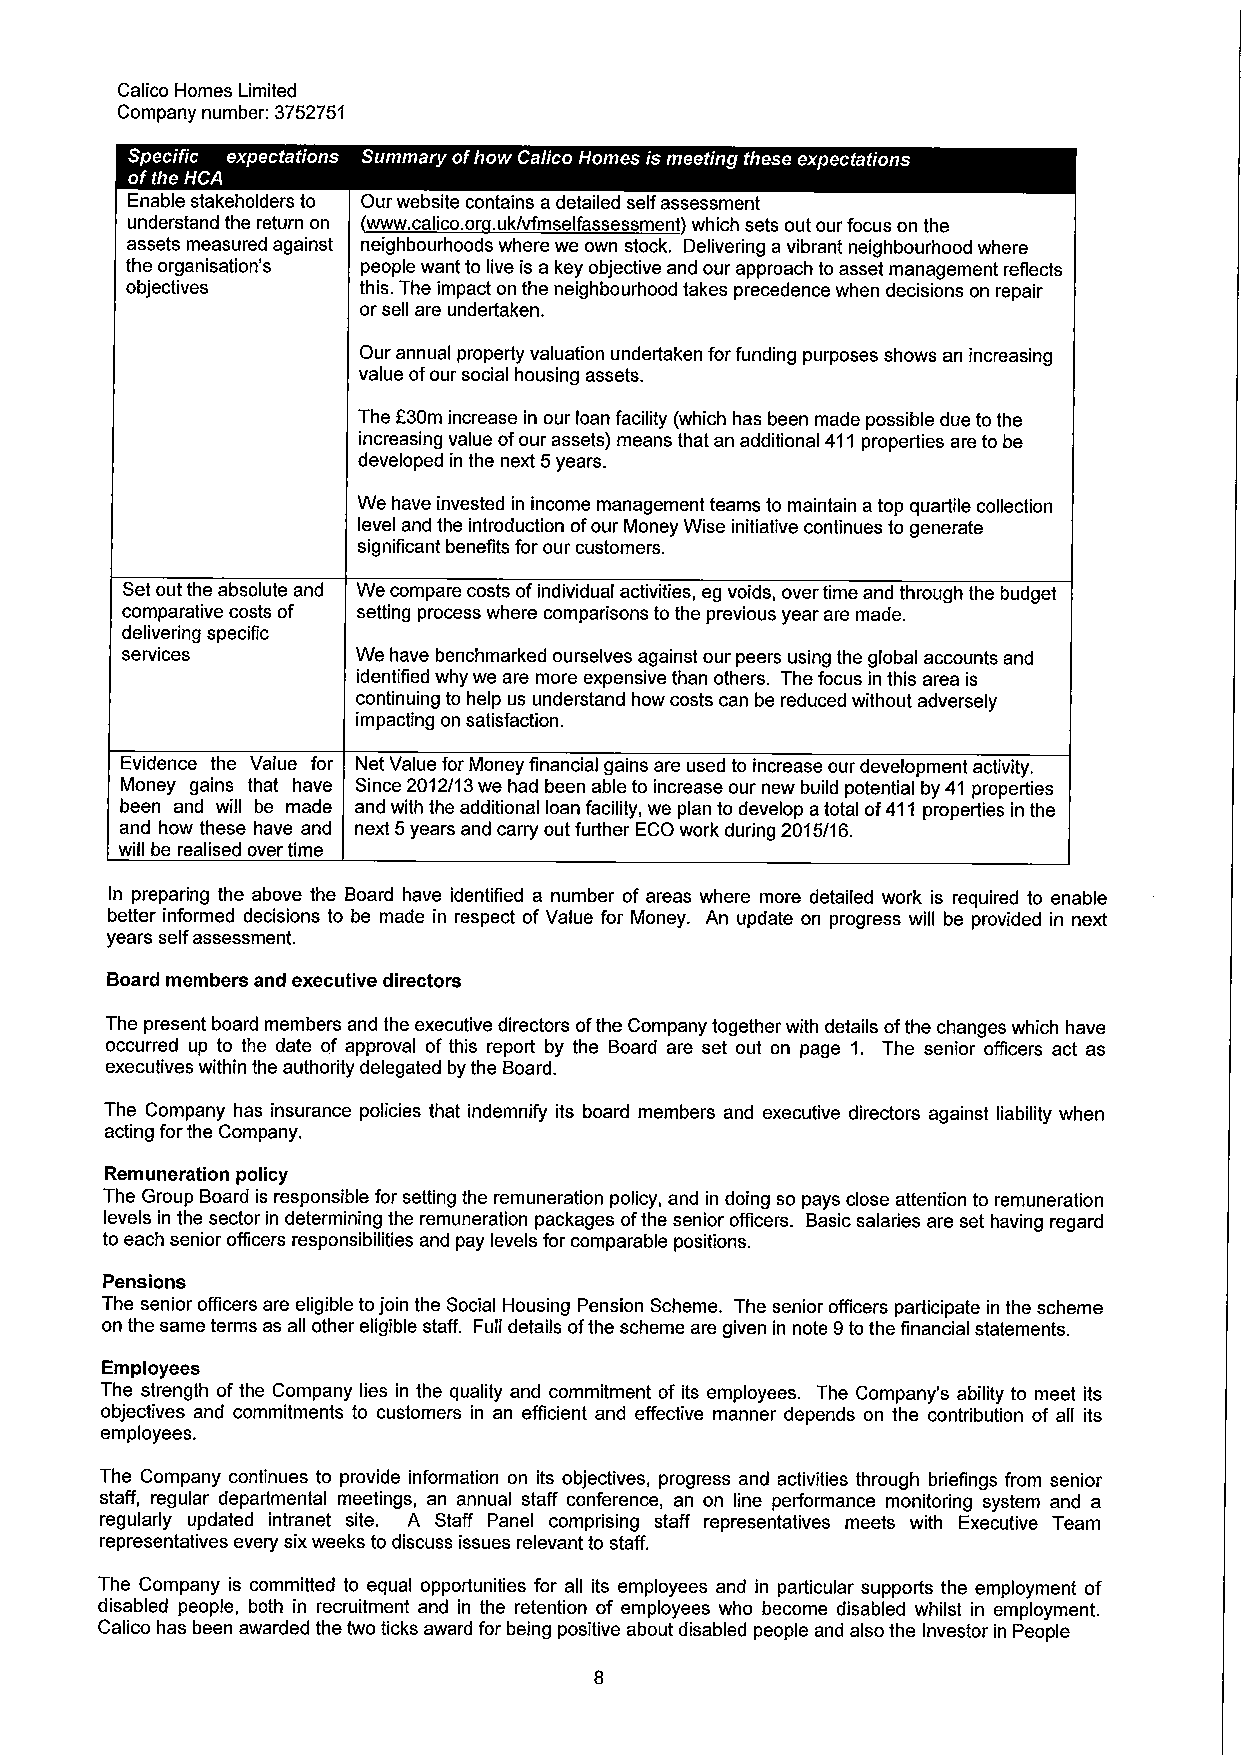
Calico Homes Limited
 Company number: 3752751
 Enable stakeholders to Our website contains a detailed self assessment
 understand the return on www. calico or .uk/vfmselfassessment which sets out our focus on the
 assets measured against neighbourhoods where we own stock. Delivering a vibrant neighbourhood where
 the organisation's people want to live is a key objective and our approach to asset management reflects
 objectives      this. The impact on the neighbourhood takes precedence when decisions on repair
 or sell are undertaken.
 Our annual property valuation undertaken for funding purposes shows an increasing
 value ofour social housing assets.
 f
 The 30m increase in our loan facility (which has been made possible due to the
 increasing value ofour assets) means that an additional 411properties are to be
 developed in the next 5years.
 We have invested in income management teams to maintain atop quartile collection
 level and the introduction ofour Money Wise initiative continues to generate
 significant benefits for our customers.
 Set out the absolute and We compare costs ofindividual activities, eg voids, over time and through the budget
 comparative costs of setting process where comparisons to the previous year are made.
 delivering specific
 services        We have benchmarked ourselves against our peers using the global accounts and
 identified why we are more expensive than others. The focus in this area is
 continuing to help us understand how costs can be reduced without adversely
 impacting on satisfaction.
 Evidence the Value for Net Value for Money financial gains are used to increase our development activity.
 Money gains that have Since 2012/13 we had been able to increase our new build potential by 41 properties
 been and will be made and with the additional loan facility, we plan to develop atotal of411properties in the
 and how these have and next 5years and carry out further ECO work during 2015/16.
 will be realised over time
 In preparing the above the Board have identified a number of areas where more detailed work is required to enable
 better informed decisions to be made in respect of Value for Money. An update on progress will be provided in next
 years self assessment.
 Board members and executive directors
 The present board members and the executive directors ofthe Company together with details ofthe changes which have
 occurred up to the date of approval of this report by the Board are set out on page 1. The senior officers act as
 executives within the authority delegated by the Board.
 The Company has insurance policies that indemnify its board members and executive directors against liability when
 acting forthe Company.
 Remuneration policy
 The Group Board is responsible for setting the remuneration policy, and in doing so pays close attention to remuneration
 levels in the sector in determining the remuneration packages ofthe senior officers. Basicsalaries are set having regard
 to each senior officers responsibilities and pay levels for comparable positions.
 Pensions
 The senior officers are eligible tojoin the Social Housing Pension Scheme. The senior officers participate in the scheme
 on the same terms as all other eligible staff. Full details ofthe scheme are given in note 9to the financial statements.
 Employees
 The strength ofthe Company lies in the quality and commitment of its employees. The Company's ability to meet its
 objectives and commitments to customers in an efficient and effective manner depends on the contribution of all its
 employees.
 The Company continues to provide information on its objectives, progress and activities through briefings from senior
 staff, regular departmental meetings, an annual staff conference, an on line performance monitoring system and a
 regularly updated intranet site. A Staff Panel comprising staff representatives meets with Executive Team
 representatives every six weeks to discuss issues relevant to staff.
 The Company is committed to equal opportunities for all its employees and in particular supports the employment of
 disabled people, both in recruitment and in the retention of employees who become disabled whilst in employment.
 Calico has been awarded the two ticks award for being positive about disabled people and also the Investor in People